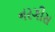
નરગીસ